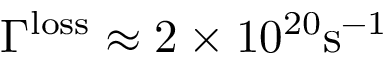
\Gamma ^ { \mathrm { l o s s } } \approx 2 \times 1 0 ^ { 2 0 } \mathrm { s } ^ { - 1 }